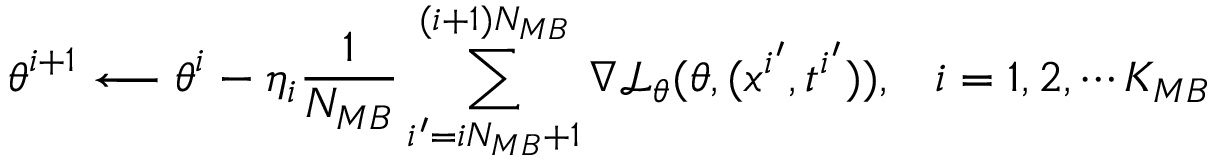
\boldsymbol { \theta } ^ { i + 1 } \longleftarrow \boldsymbol { \theta } ^ { i } - \eta _ { i } \frac { 1 } { N _ { M B } } \sum _ { i ^ { \prime } = i N _ { M B } + 1 } ^ { ( i + 1 ) N _ { M B } } \nabla \mathcal { L } _ { \boldsymbol { \theta } } ( \boldsymbol { \theta } , ( \boldsymbol { x } ^ { i ^ { \prime } } , t ^ { i ^ { \prime } } ) ) , \; \; \; i = 1 , 2 , \cdots K _ { M B }